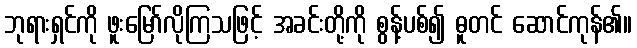
ဘုရားရှင်ကို ဖူးမြော်လိုကြသဖြင့် အခင်းတို့ကို စွန့်ပစ်၍ ဓူတင် ဆောင်ကုန်၏။